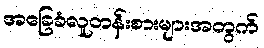
အခြေခံလူတန်းစားများအတွက်